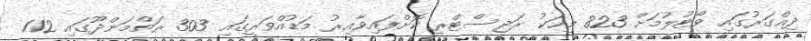
ދިއްގަރުގައި ވޯޓުލުމަަށް 823 މީހަކު ރަޖިސްޓްރީ ކޮށްފައިވާއިރު މަޑުއްވަރީގައި 303 ރަތްމަންދޫގައި 112